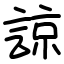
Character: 諒